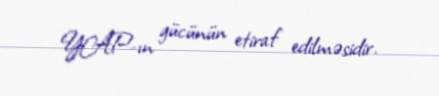
YAP-ın gücünün etiraf edilməsidir.